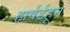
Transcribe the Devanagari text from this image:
हार्वर्डहून